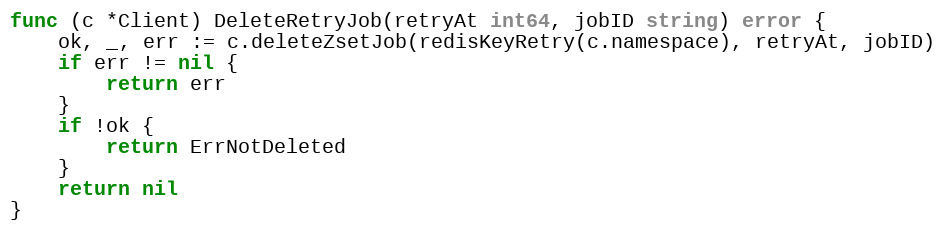
Language: Go
func (c *Client) DeleteRetryJob(retryAt int64, jobID string) error {
	ok, _, err := c.deleteZsetJob(redisKeyRetry(c.namespace), retryAt, jobID)
	if err != nil {
		return err
	}
	if !ok {
		return ErrNotDeleted
	}
	return nil
}